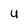
Character: u